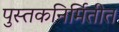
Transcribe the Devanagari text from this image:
पुस्तकनिर्मितीत